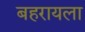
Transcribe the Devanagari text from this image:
बहरायला